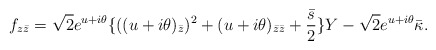
\begin{align*}f_{z\bar{z}} = \sqrt{2} e^{u + i \theta} \{ ( (u+i \theta)_{\bar{z}} )^2 + (u+i \theta)_{\bar{z} \bar{z}} +\frac{\bar{s}}{2} \} Y - \sqrt{2} e^{u + i \theta} \bar{\kappa}.\end{align*}